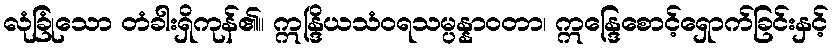
လုံခြုံသော တံခါးရှိကုန်၏။ ဣန္ဒြိယသံဝရသမ္ပန္နာဝတာ၊ ဣန္ဒြေစောင့်ရှောက်ခြင်းနှင့်